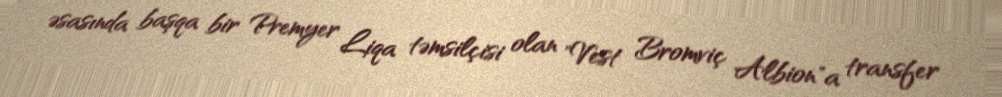
əsasında başqa bir Premyer Liqa təmsilçisi olan "Vest Bromviç Albion"a transfer